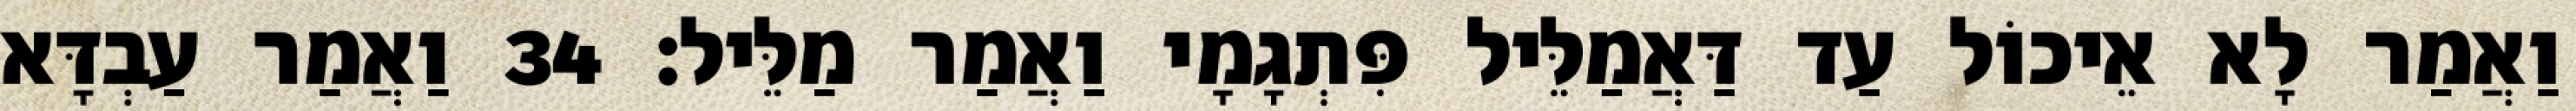
וַאֲמַר לָא אֵיכוֹל עַד דַּאֲמַלֵּיל פִּתְגָמָי וַאֲמַר מַלֵּיל׃ 34 וַאֲמַר עַבְדָּא